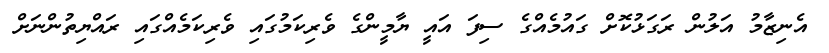
އެނިޒާމު އަލުން ރަގަޅުކޮށް ގައުމެއްގެ ސިފަ އައީ ޔާމީންގެ ވެރިކަމުގައި ވެރިކަމެއްގައި ރައްޔިތުންނަށް